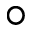
\circ